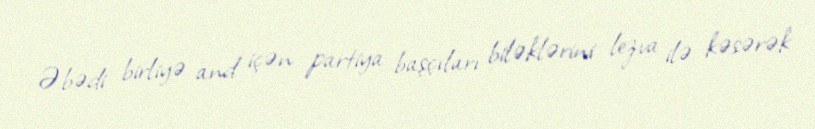
Əbədi birliyə and içən partiya başçıları biləklərini lezva ilə kəsərək